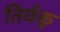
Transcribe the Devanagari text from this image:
तिर्यकू